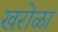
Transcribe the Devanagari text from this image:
खरोळा